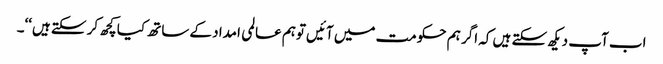
اب آپ دیکھ سکتے ہیں کہ اگر ہم حکومت میں آئیں توہم عالمی امداد کے ساتھ کیا کچھ کر سکتے ہیں‘‘۔